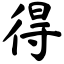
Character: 得